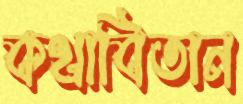
কথাবিতান